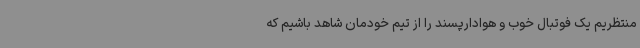
منتظریم یک فوتبال خوب و هوادارپسند را از تیم خودمان شاهد باشیم که